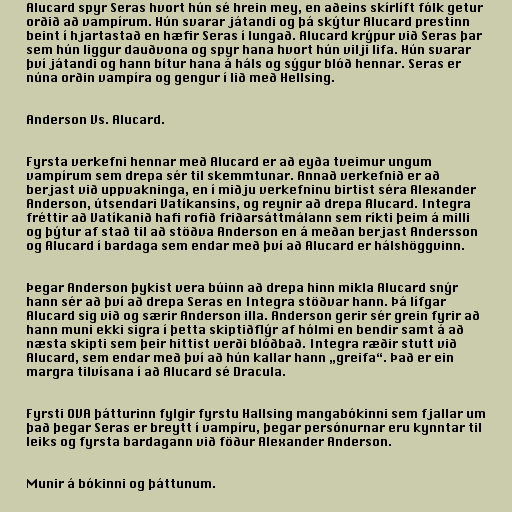
Alucard spyr Seras hvort hún sé hrein mey, en aðeins skírlíft fólk getur
orðið að vampírum. Hún svarar játandi og þá skýtur Alucard prestinn
beint í hjartastað en hæfir Seras í lungað. Alucard krýpur við Seras þar
sem hún liggur dauðvona og spyr hana hvort hún vilji lifa. Hún svarar
því játandi og hann bítur hana á háls og sýgur blóð hennar. Seras er
núna orðin vampíra og gengur í lið með Hellsing.

Anderson Vs. Alucard.

Fyrsta verkefni hennar með Alucard er að eyða tveimur ungum
vampírum sem drepa sér til skemmtunar. Annað verkefnið er að
berjast við uppvakninga, en í miðju verkefninu birtist séra Alexander
Anderson, útsendari Vatíkansins, og reynir að drepa Alucard. Integra
fréttir að Vatíkanið hafi rofið friðarsáttmálann sem ríkti þeim á milli
og þýtur af stað til að stöðva Anderson en á meðan berjast Andersson
og Alucard í bardaga sem endar með því að Alucard er hálshöggvinn.

Þegar Anderson þykist vera búinn að drepa hinn mikla Alucard snýr
hann sér að því að drepa Seras en Integra stöðvar hann. Þá lífgar
Alucard sig við og særir Anderson illa. Anderson gerir sér grein fyrir að
hann muni ekki sigra í þetta skiptiðflýr af hólmi en bendir samt á að
næsta skipti sem þeir hittist verði blóðbað. Integra ræðir stutt við
Alucard, sem endar með því að hún kallar hann „greifa“. Það er ein
margra tilvísana í að Alucard sé Dracula.

Fyrsti OVA þátturinn fylgir fyrstu Hallsing mangabókinni sem fjallar um
það þegar Seras er breytt í vampíru, þegar persónurnar eru kynntar til
leiks og fyrsta bardagann við föður Alexander Anderson.

Munir á bókinni og þáttunum.